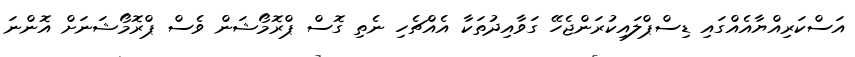
އަސްކަރިއްޔާއެއްގައި ޑިސްޕްލައިކުރަންޖެހޭ ގަވާއިދުތަކާ އެއްޗެހި ނެތި ގޮސް ޕްރޮމޯޝަން ވެސް ޕްރޮމޯޝަނަށް އޮންނަ